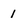
Character: 1